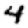
Digit: 4